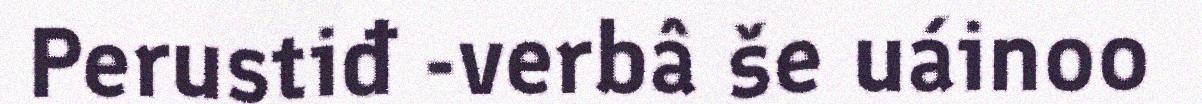
Perustiđ -verbâ še uáinoo